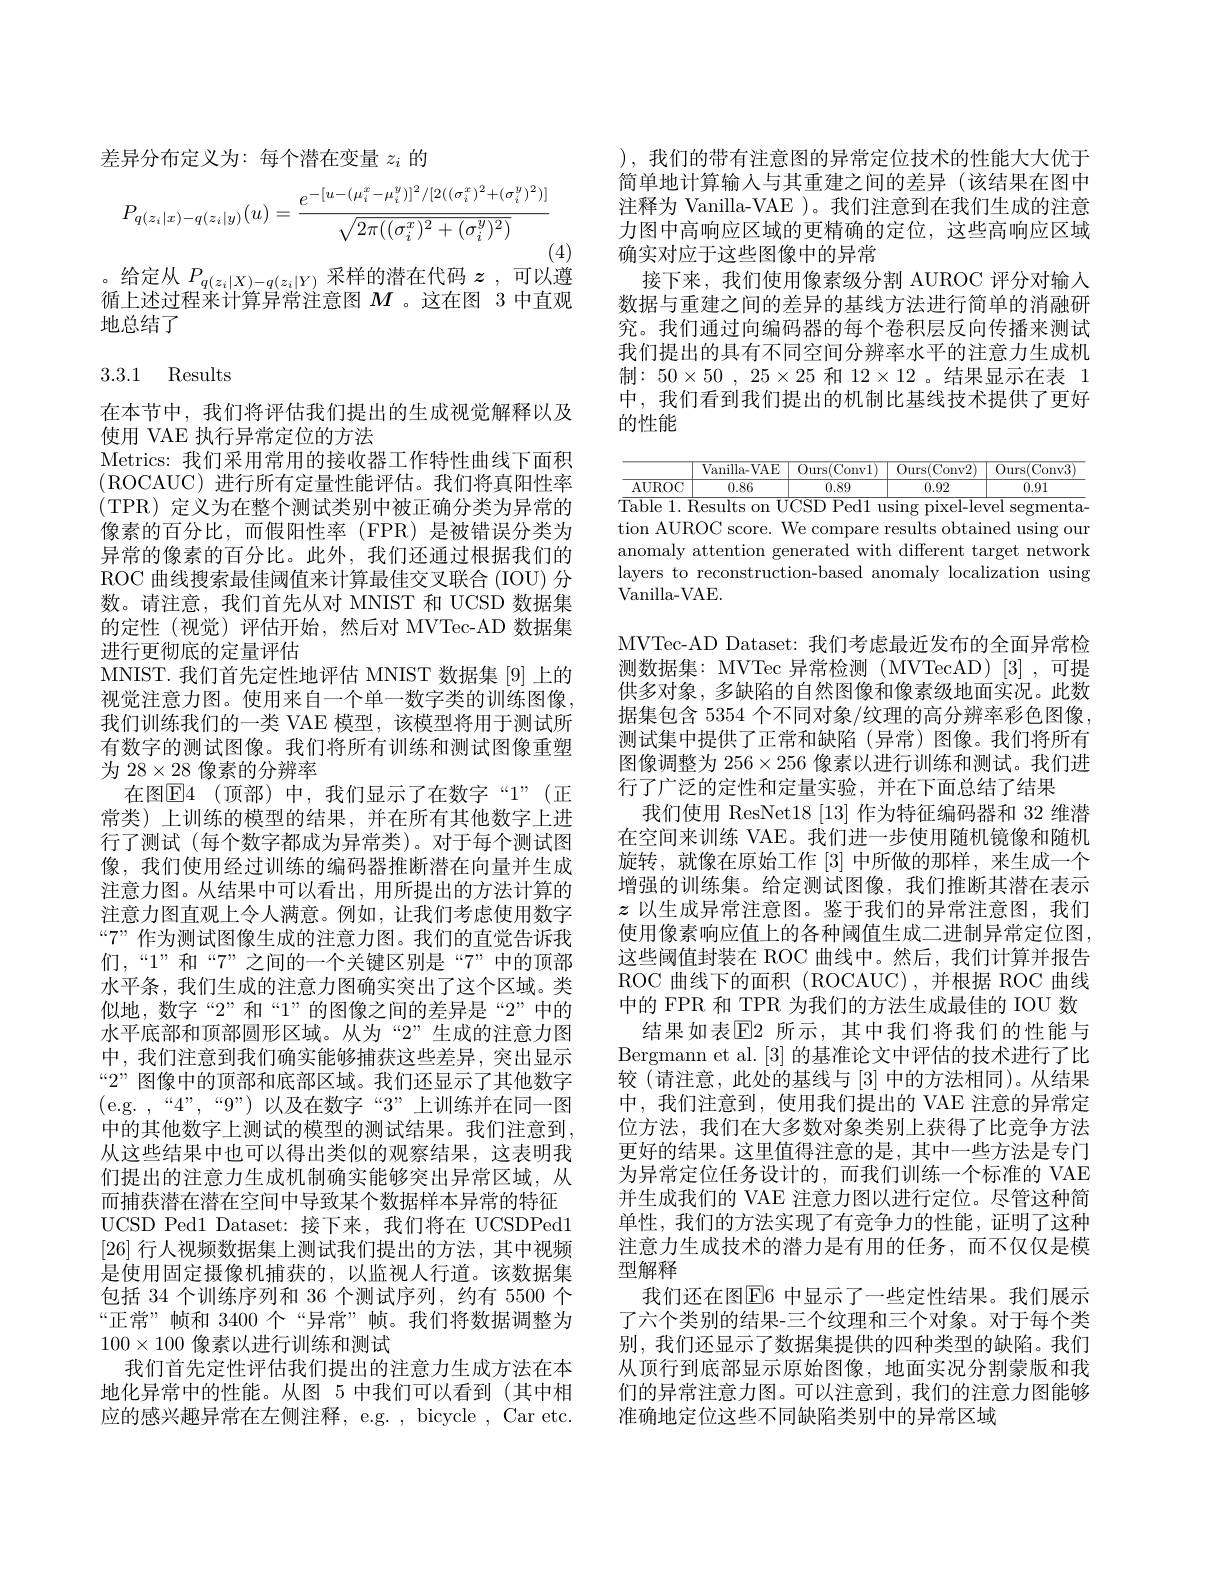
差异分布定义为：每个潜在变量$z_i$的
$$P_{q(z_i|x)-q(z_i|y)}(u)=\frac{e^{-[u-(\mu_i^x-\mu_i^y)]^2/[2((\sigma_i^x)^2+(\sigma_i^y)^2)]}}{\sqrt{2\pi((\sigma_i^x)^2+(\sigma_i^y)^2)}}$$
(4)

。给定从$P_q(z_i|X)-q(z_i|Y)$采样的潜在代码$z$ ,可以遵

循上述过程来计算异常注意图$M$ 。这在图 3 中直观
地总结了

# 3.3.1 Results

在本节中，我们将评估我们提出的生成视觉解释以及
使用 VAE 执行异常定位的方法
Metrics: 我们采用常用的接收器工作特性曲线下面积(ROCAUC)进行所有定量性能评估。我们将真阳性率(TPR)定义为在整个测试类别中被正确分类为异常的像素的百分比，而假阳性率(FPR)是被错误分类为异常的像素的百分比。此外，我们还通过根据我们的ROC 曲线搜索最佳阈值来计算最佳交叉联合 (IOU) 分数。请注意，我们首先从对 MNIST 和 UCSD 数据集的定性(视觉)评估开始，然后对 MVTec-AD 数据集进行更彻底的定量评估
MNIST.我们首先定性地评估 MNIST 数据集 [9] 上的视觉注意力图。使用来自一个单一数字类的训练图像我们训练我们的一类 VAE 模型，该模型将用于测试所有数字的测试图像。我们将所有训练和测试图像重塑为$28\times\underline{28}$像素的分辨率
在图$\mathbb{E}$4(顶部)中，我们显示了在数字“1”(正常类)上训练的模型的结果，并在所有其他数字上进行了测试(每个数字都成为异常类)。对于每个测试图像，我们使用经过训练的编码器推断潜在向量并生成注意力图。从结果中可以看出，用所提出的方法计算的注意力图直观上令人满意。例如，让我们考虑使用数字“7””作为测试图像生成的注意力图。我们的直觉告诉我们，“1”和“7”之间的一个关键区别是“7”中的顶部水平条，我们生成的注意力图确实突出了这个区域。类似地，数字“2”和“1”的图像之间的差异是“2”中的水平底部和顶部圆形区域。从为“2”生成的注意力图中，我们注意到我们确实能够捕获这些差异，突出显示“2” 图像中的顶部和底部区域。我们还显示了其他数字(e.g. ,“4”,“9”)以及在数字“3”上训练并在同一图中的其他数字上测试的模型的测试结果。我们注意到， 从这些结果中也可以得出类似的观察结果，这表明我们提出的注意力生成机制确实能够突出异常区域，从而捕获潜在潜在空间中导致某个数据样本异常的特征UCSD Ped1 Dataset: 接下来，我们将在 UCSDPed1 [26]行人视频数据集上测试我们提出的方法，其中视频是使用固定摄像机捕获的，以监视人行道。该数据集包括 34 个训练序列和 36 个测试序列，约有 5500 个“正常”帧和 3400 个“异常”帧。我们将数据调整为$100\times100$像素以进行训练和测试
我们首先定性评估我们提出的注意力生成方法在本地化异常中的性能。从图 5 中我们可以看到(其中相应的感兴趣异常在左侧注释，e.g. , bicycle , Car etc.

),我们的带有注意图的异常定位技术的性能大大优于简单地计算输入与其重建之间的差异(该结果在图中注释为 Vanilla-VAE )。我们注意到在我们生成的注意力图中高响应区域的更精确的定位，这些高响应区域确实对应于这些图像中的异常
接下来，我们使用像素级分割 AUROC 评分对输入数据与重建之间的差异的基线方法进行简单的消融研究。我们通过向编码器的每个卷积层反向传播来测试我们提出的具有不同空间分辨率水平的注意力生成机制：$50\times 50$ , $25\times 25$和$12\times12$ 。结果显示在表 1中，我们看到我们提出的机制比基线技术提供了更好的性能

$\boxed{\text{Vanilla-VAE}\:\text{Ours(Conv}1)\:\text{Ours(Conv}2)\:\text{Ours(Conv}3)}$
${\mathrm{AUROC}}$
0.86
$\begin{array}{ccc|cccccc}\hline&0.89&&&0.92&&&0.91\\\hline&&&&0.91\end{array}$
Table 1. Results on UCSD Ped1 using pixel-level segmentation AUROC score. We compare results obtained using our anomaly attention generated with different target network layers to reconstruction-based anomaly localization using Vanilla-VAE.

MVTec-AD Dataset: 我们考虑最近发布的全面异常检测数据集：MVTec 异常检测 (MVTecAD)[3],可提供多对象，多缺陷的自然图像和像素级地面实况。此数据集包含 5354 个不同对象/纹理的高分辨率彩色图像， 测试集中提供了正常和缺陷(异常)图像。我们将所有图像调整为$256\times256$像素以进行训练和测试。我们进行了广泛的定性和定量实验，并在下面总结了结果
我们使用 ResNet18 [13] 作为特征编码器和 32 维潜在空间来训练 VAE。我们进一步使用随机镜像和随机旋转，就像在原始工作[3]中所做的那样，来生成一个增强的训练集。给定测试图像，我们推断其潜在表示$z$以生成异常注意图。鉴于我们的异常注意图，我们使用像素响应值上的各种阈值生成二进制异常定位图， 这些阈值封装在 ROC 曲线中。然后，我们计算并报告ROC 曲线下的面积(ROCAUC),并根据 ROC 曲线中的 FPR 和 TPR 为我们的方法生成最佳的 IOU 数
结果如表$\mathbb{E}$2 所示，其中我们将我们的性能与Bergmann et al. [3]的基准论文中评估的技术进行了比较 (请注意，此处的基线与 [3] 中的方法相同)。从结果中，我们注意到，使用我们提出的 VAE 注意的异常定位方法，我们在大多数对象类别上获得了比竞争方法更好的结果。这里值得注意的是，其中一些方法是专门为异常定位任务设计的，而我们训练一个标准的 VAE 并生成我们的 VAE 注意力图以进行定位。尽管这种简单性，我们的方法实现了有竞争力的性能，证明了这种注意力生成技术的潜力是有用的任务，而不仅仅是模型解释
我们还在图$\overline{\mathrm{E}}$6 中显示了一些定性结果。我们展示了六个类别的结果-三个纹理和三个对象。对于每个类别，我们还显示了数据集提供的四种类型的缺陷。我们从顶行到底部显示原始图像，地面实况分割蒙版和我们的异常注意力图。可以注意到，我们的注意力图能够准确地定位这些不同缺陷类别中的异常区域